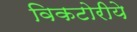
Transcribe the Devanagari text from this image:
विकटोरीये